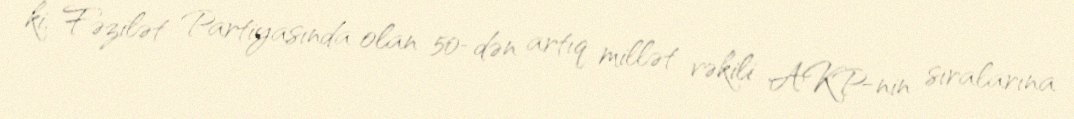
ki, Fəzilət Partiyasında olan 50-dən artıq millət vəkili AKP-nin sıralarına